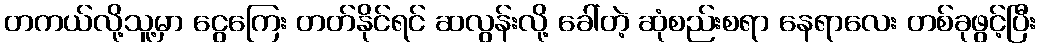
တကယ်လို့သူ့မှာ ငွေကြေး တတ်နိုင်ရင် ဆလွန်းလို့ ခေါ်တဲ့ ဆုံစည်းစရာ နေရာလေး တစ်ခုဖွင့်ပြီး